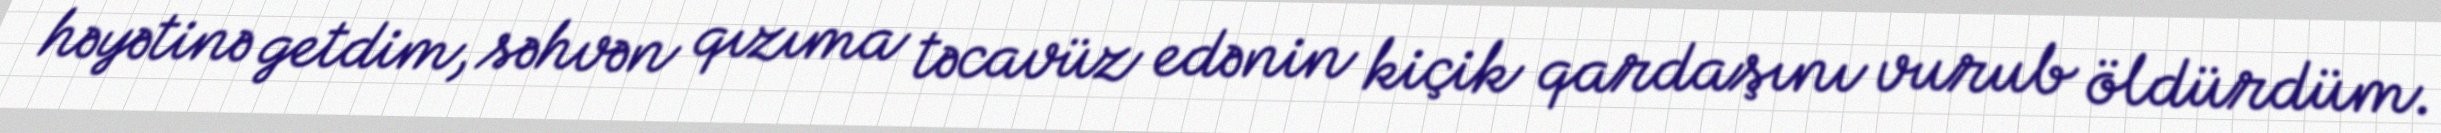
həyətinə getdim, səhvən qızıma təcavüz edənin kiçik qardaşını vurub öldürdüm.